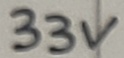
Text: 33V